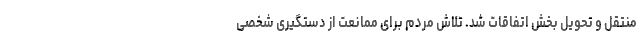
منتقل و تحویل بخش اتفاقات شد. تلاش مردم برای ممانعت از دستگیری شخصی